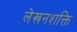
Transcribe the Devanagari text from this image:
लेखनशक्ति